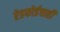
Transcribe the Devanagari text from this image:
रेडफोर्डचाही